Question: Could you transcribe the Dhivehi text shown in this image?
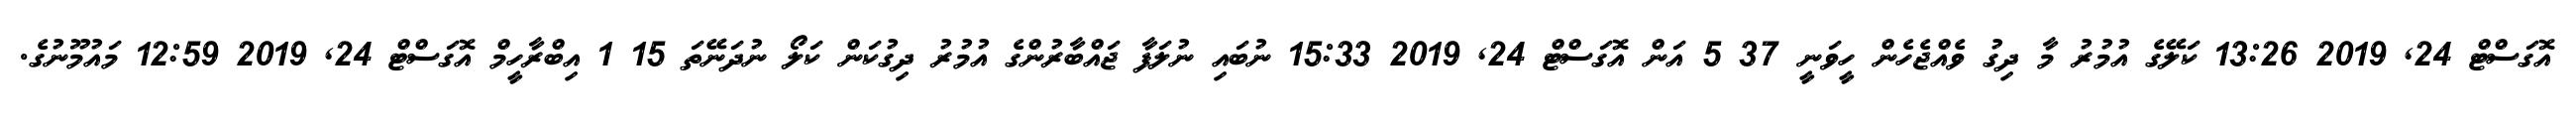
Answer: އޮގަސްޓް 24, 2019 13:26 ކަލޭގެ އުމުރު މާ ދިގު ވެއްޖެހެން ހީވަނީ 37 5 އަން އޮގަސްޓް 24, 2019 15:33 ނުބައި ނުލަފާ ޖައްބާރުންގެ އުމުރު ދިގުކަން ކަލޯ ނުދަނޭތަ 15 1 އިބްރާހީމް އޮގަސްޓް 24, 2019 12:59 މައުމޫނުގެ.